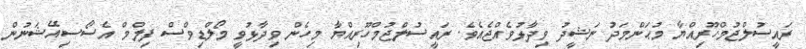
ރައީސުލްޖުމްހޫރިއްޔާ މުޙަންމަދު ނަޝީދު ވިދާޅުވެއްޖެއެވެ. ރައީސުލްޖުމްހޫރިއްޔާ މިހެން ވިދާޅުވީ މޯލްޑިވްސް ފިލްމް އެސޯސިއޭޝަނުން